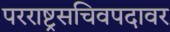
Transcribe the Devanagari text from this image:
परराष्ट्रसचिवपदावर